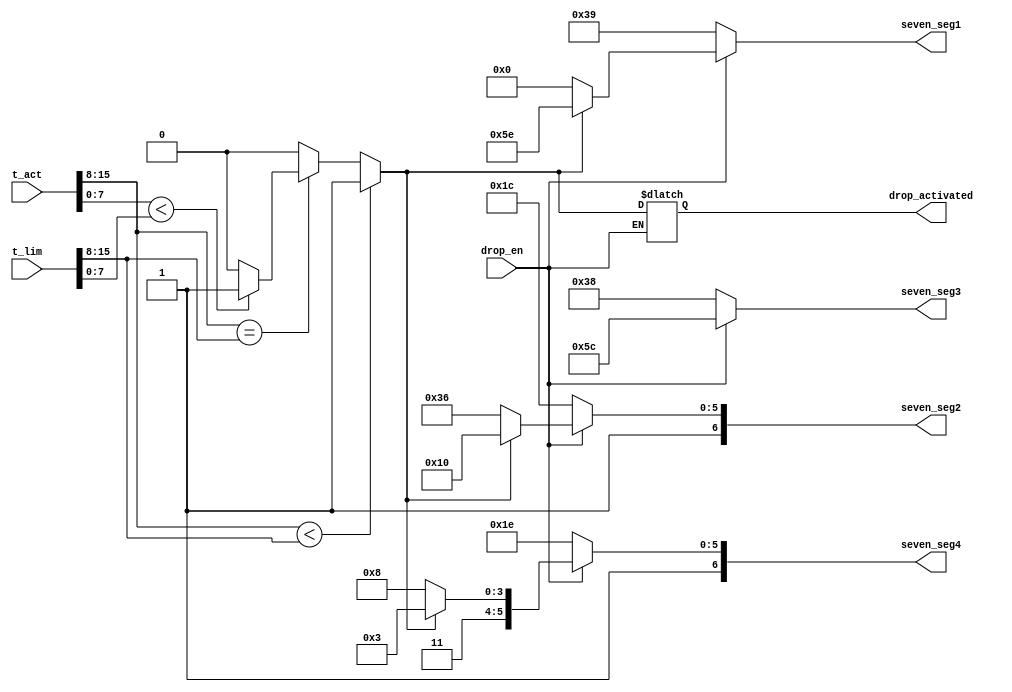
module display_and_drop (
    output reg [6 : 0]   seven_seg1, 
    output reg [6 : 0]   seven_seg2,
    output reg [6 : 0]   seven_seg3,
    output reg [6 : 0]   seven_seg4,
    output reg [0 : 0]   drop_activated,
    input wire    [15: 0]   t_act,
    input  wire   [15: 0]   t_lim,
    input              drop_en
);
    parameter letter_c = 7'b011_1001;
    parameter letter_d = 7'b101_1110;
    parameter letter_h = 7'b111_0110;
    parameter letter_l = 7'b011_1000;
    parameter letter_o = 7'b101_1100;
    parameter letter_p = 7'b111_0011;
    parameter letter_r = 7'b101_0000;
    parameter letter_t = 7'b111_1000;
    parameter letter_space = 7'b000_0000;
    
    reg [7:0] height_int;
    reg [7:0] height_float;

    reg [7:0] limit_int;
    reg [7:0] limit_float;

    always @(*) begin
        height_int = t_act[15:8];
        height_float = t_act[7:0];

        limit_int = t_lim[15:8];
        limit_float = t_lim[7:0];
        
        if(!drop_en) begin
            seven_seg1 = letter_c;
            seven_seg2 = letter_o;
            seven_seg3 = letter_l;
            seven_seg4 = letter_d;
        end else begin
            if(height_int < limit_int) begin
                drop_activated[0] = 1;
            end else if(height_int == limit_int) begin
                if(height_float < limit_float) begin
                    drop_activated[0] = 1;
                end else begin
                    drop_activated[0] = 0;
                end
            end else begin
                drop_activated[0] = 0;
            end

            if(drop_activated[0]) begin
                seven_seg1 = letter_d;
                seven_seg2 = letter_r;
                seven_seg3 = letter_o;
                seven_seg4 = letter_p;
            end else begin
                seven_seg1 = letter_space;
                seven_seg2 = letter_h;
                seven_seg3 = letter_o;
                seven_seg4 = letter_t;
            end
        end
    end
endmodule